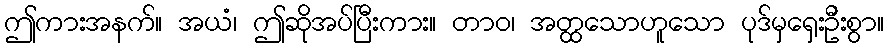
ဤကားအနက်။ အယံ၊ ဤဆိုအပ်ပြီးကား။ တာဝ၊ အတ္ထသောဟူသော ပုဒ်မှရှေးဦးစွာ။